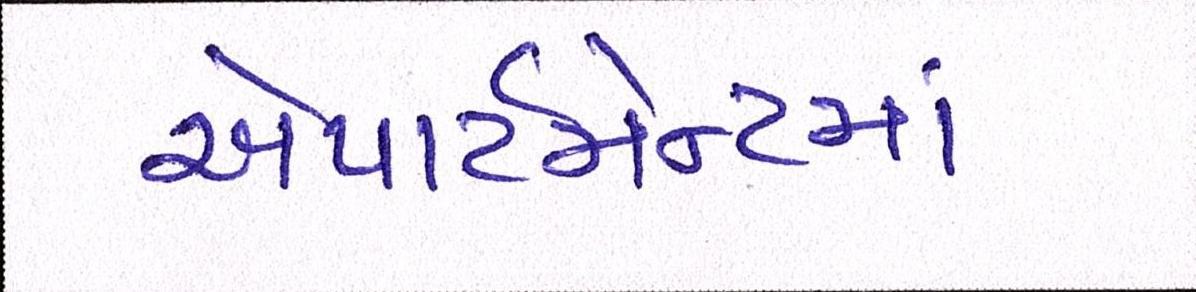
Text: એપાર્ટમેન્ટમાં